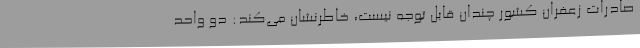
صادرات زعفران کشور چندان قابل توجه نیست، خاطرنشان می‌کند: دو واحد